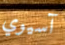
آسيوي